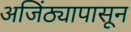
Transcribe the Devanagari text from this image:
अजिंठ्यापासून